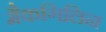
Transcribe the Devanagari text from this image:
मैकगिलिन